Lunatic asylums Madras 1877-1891 - 1877-1891
Year: 1877
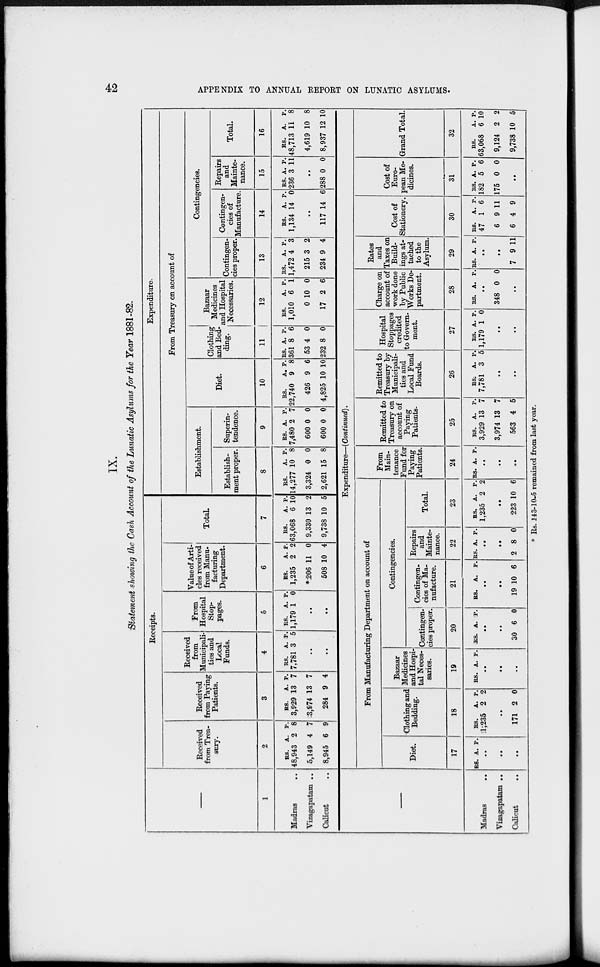
42
APPENDIX TO ANNUAL REPORT ON LUNATIC ASYLUMS.
IX.
Statement showing the Gash Account of the Lunatic Asylums for the Year 1881-82.
–––
1
Madras ..
Vizagapatam ..
Calicut ..
Receipts.
Received
from Trea-
sury.
2
RS.
48,943
5,149
8,945
A.
2
4
6
P.
8
7
9
Received
from Paying
Patients.
3
RS.
3,929
3,974
284
A.
13
13
9
P.
7
7
4
Received
from
Municipali-
ties and
Local
Funds.
4
RS.
7,781
A.
3
P.
5
..
..
From
Hospital
Stop-
pages.
5
RS.
1,179
A.
1
P.
0
..
..
Value of Arti-
cles received
from Manu-
facturing
Department.
6
RS.
1,235
*206
508
A.
2
11
10
P.
2
0
4
Total
7
RS.
63,068
9,330
9,738
A.
6
13
10
P.
10
2
5
Expenditure.
From Treasury on account of
Establishment.
Establish-
ment proper.
8
RS.
14,277
3,324
2,621
A.
10
0
15
P.
8
0
8
Superin-
tendence.
9
RS.
7,480
600
600
A.
2
0
0
P.
7
0
0
Diet.
10
RS.
22,740
426
4,825
A.
9
9
10
P.
8
6
40
Clothing
and Bed-
ding.
11
RS.
361
53
232
A.
8
4
8
P.
6
0
0
Bazaar
Medicines
and Hospital
Necessaries.
12
RS.
1,010
0
17
A.
6
10
2
P.
1
0
6
Contingencies.
Contingen-
cies proper.
13
RS.
1,472
215
234
A.
4
3
9
P.
3
2
4
Contingen-
cies of
Manufacture.
14
RS.
1,134
A.
14
P.
0
..
117 14 6
Repairs
and
Mainte-
nance.
15
RS.
236
A.
3
P.
11
..
288 0 0
Total.
16
RS.
48,713
4,619
8,937
A.
11
10
12
P.
8
8
10
—
Madras
..
Vizagapatam ..
Calicut ..
Expenditure—(Continued).
From Manufacturing Department on account of
Diet.
17
RS. A. P.
..
..
..
Clothing and
Bedding.
18
RS.
1,235
A.
2
P.
2
..
171 2 0
Bazaar
Medicines
and Hospi-
tal Neces-
saries.
19
RS. A. P.
..
..
..
Contingencies.
Contingen-
cies proper.
20
RS. A. P.
..
..
30 6 0
Contingen-
cies of Ma-
nufacture.
21
RS. A. P.
..
..
19 10 6
Repairs
and
Mainte-
nance.
22
RS. A. P.
..
..
2 8 0
Total.
23
RS.
1,235
A.
2
P.
2
..
223 10 6
From
Main-
tenance
Fund for
Paying
Patients.
24
RS. A. P.
..
..
..
Remitted to
Treasury on
account of
Paying
Patients.
25
RS.
3,929
3,974
563
A.
13
13
4
P.
7
7
5
Remitted to
Treasury by
Municipali-
ties and
Local Fund
Boards.
26
RS.
7,781
A.
3
P.
5
..
..
Hospital
Stoppages
credited
to Govern-
ment.
27
RS.
1,179
A.
1
P.
0
..
..
Charge on
account of
work done
by Public
Works De-
partment.
28
RS. A. P.
..
348 0 0
..
Rates
and
Taxes on
Build-
ings at-
tached
to the
Asylum.
29
RS. A. P.
..
..
7 9 11
Cost of
Stationery.
30
RS.
47
6
6
A.
1
9
4
P.
6
11
9
Cost of
Euro-
pean Me-
dicines.
31
RS.
182
175
A.
5
0
P.
6
0
..
Grand Total.
32
RS.
63,068
9,124
9,738
A.
6
2
10
P.
10
2
5
* Rs. 143-10-5 remained from last year.